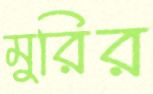
মুরির